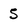
Character: 5